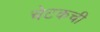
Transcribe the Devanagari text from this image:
चेटकची